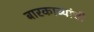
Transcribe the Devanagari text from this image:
बारकाव्यांची